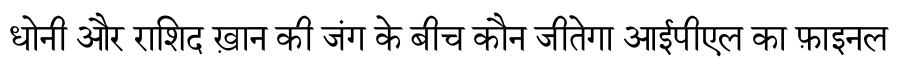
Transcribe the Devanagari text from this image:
धोनी और राशिद ख़ान की जंग के बीच कौन जीतेगा आईपीएल का फ़ाइनल